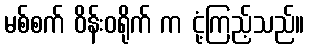
မစ်စက် ဝိန်းဝရိုက် က ငုံ့ကြည့်သည်။